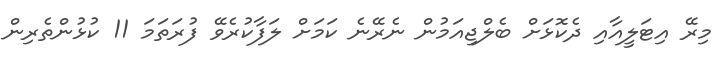
މިރޭ އިޓަލީއާއި ދެކޮޅަށް ބެލްޖިއަމުން ނެރޭނެ ކަމަށް ލަފާކުރެވޭ ފުރަތަމަ 11 ކުޅުންތެރިން